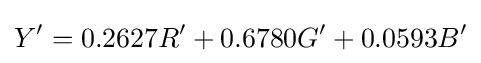
Y'=0.2627R'+0.6780G'+0.0593B'